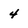
Character: 4